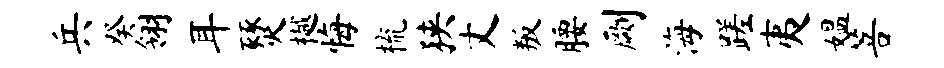
兵癸翎耳燹樾悔梳狭丈叛腰劂海蹉夷媪菩